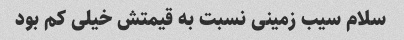
سلام سیب زمینی نسبت به قیمتش خیلی کم بود